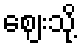
ဈေးသို့